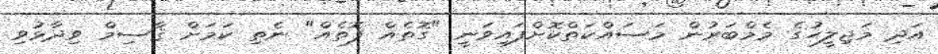
އަދި މަޖިލީހުގެ މެމްބަރުން މަސައްކަތްކޮށްފައިވަނީ "ގޮތެއް ފޮތެއް" ނެތި ކަމަށް ޤާސިމް ވިދާޅުވި